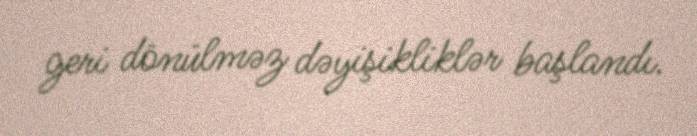
geri dönülməz dəyişikliklər başlandı.